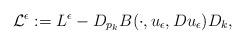
LaTeX: \begin{align*}\mathcal{L}^\epsilon : = L^\epsilon - D_{p_k}B(\cdot, u_\epsilon, Du_\epsilon) D_k,\end{align*}